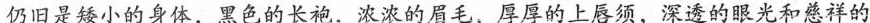
仍旧是矮小的身体，黑色的长袍，浓浓的眉毛，厚厚的上唇须，深透的眼光和慈祥的